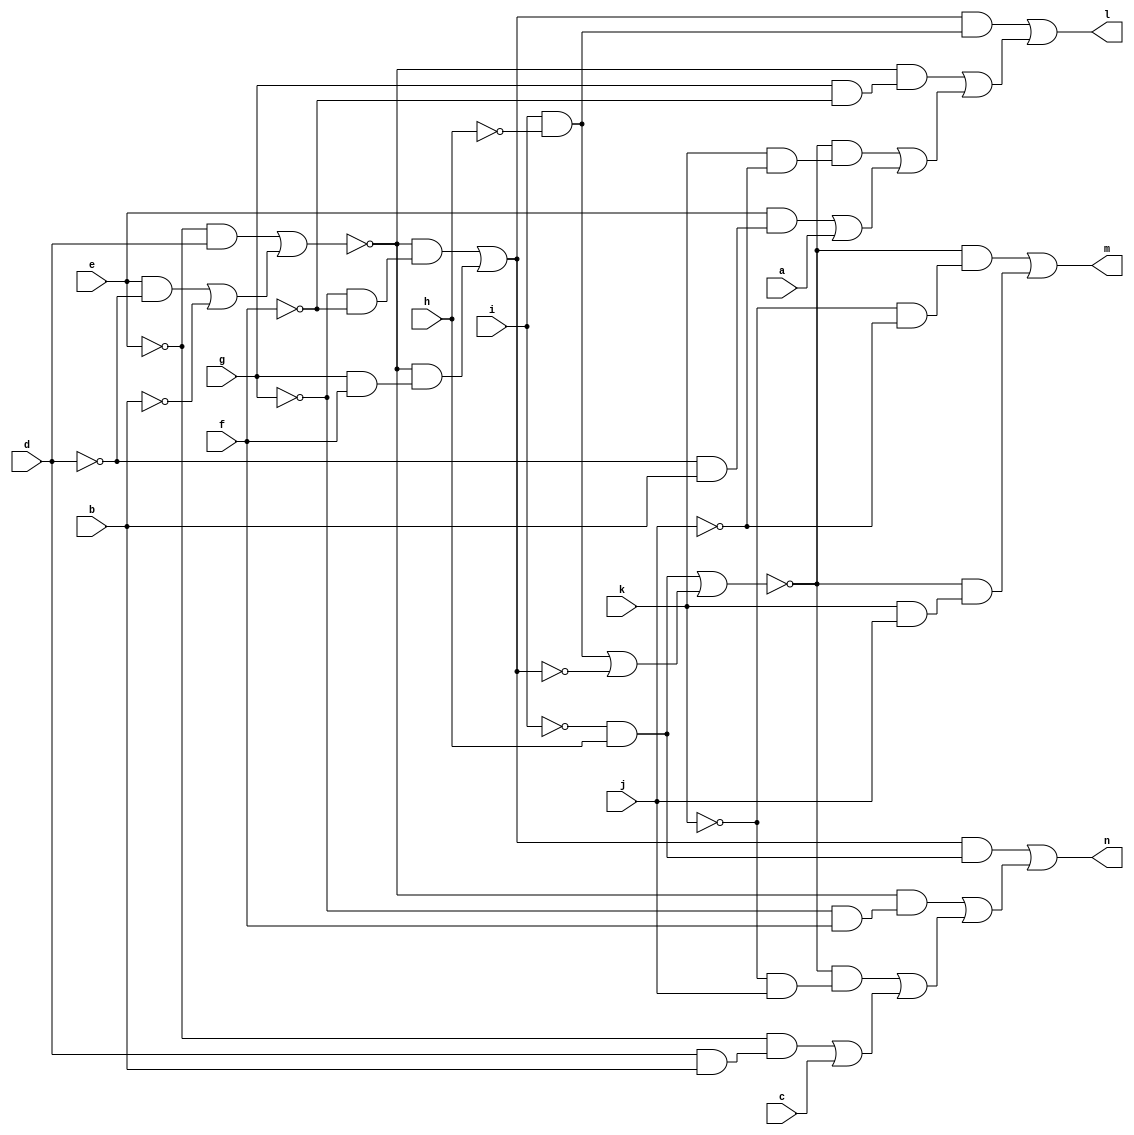
// IWLS benchmark module "CM85" printed on Wed May 29 16:31:29 2002
module CM85(a, b, c, d, e, f, g, h, i, j, k, l, m, n);
input
  a,
  b,
  c,
  d,
  e,
  f,
  g,
  h,
  i,
  j,
  k;
output
  l,
  m,
  n;
wire
  \[2] ,
  f0,
  v0,
  h0,
  \[0] ,
  \[1] ;
assign
  \[2]  = (h0 & (~i & h)) | ((~f0 & (~g & f)) | ((~v0 & (~k & j)) | ((~e & (d & b)) | c))),
  f0 = (~e & d) | ((e & ~d) | ~b),
  l = \[0] ,
  m = \[1] ,
  n = \[2] ,
  v0 = (~i & h) | ((i & ~h) | ~h0),
  h0 = (~f0 & (~g & ~f)) | (~f0 & (g & f)),
  \[0]  = (h0 & (i & ~h)) | ((~f0 & (g & ~f)) | ((~v0 & (k & ~j)) | ((e & (~d & b)) | a))),
  \[1]  = (~v0 & (~k & ~j)) | (~v0 & (k & j));
endmodule